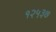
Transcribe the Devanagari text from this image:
१२५३७